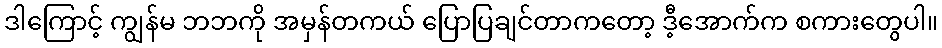
ဒါကြောင့် ကျွန်မ ဘဘကို အမှန်တကယ် ပြောပြချင်တာကတော့ ဒီ့အောက်က စကားတွေပါ။